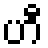
ဟီ